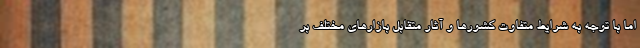
اما با توجه به شرایط متفاوت کشورها و آثار متقابل بازارهای مختلف بر